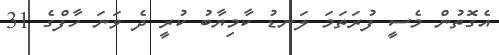
އެގޮތުން މެސީ ފުރަތަމަ ލަނޑު ކާމިޔާބު ކުރީ ދެ ވަނަ ހާފްގެ 31